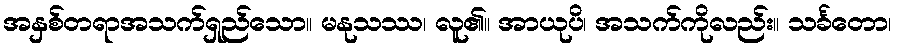
အနှစ်တရာအသက်ရှည်သော။ မနုသဿ၊ လူ၏။ အာယုပိ၊ အသက်ကိုလည်း။ သင်္ခတော၊